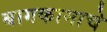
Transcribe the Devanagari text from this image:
बागकामाचे